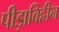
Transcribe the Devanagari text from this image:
पीड़ाविहीन